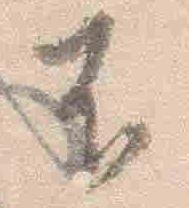
不